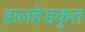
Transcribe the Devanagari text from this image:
हालहेडकृत